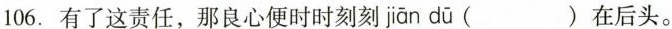
106.有了这责任，那良心便时时刻刻 jiān dū ( )在后头。